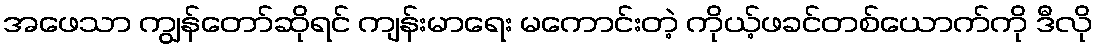
အဖေသာ ကျွန်တော်ဆိုရင် ကျန်းမာရေး မကောင်းတဲ့ ကိုယ့်ဖခင်တစ်ယောက်ကို ဒီလို